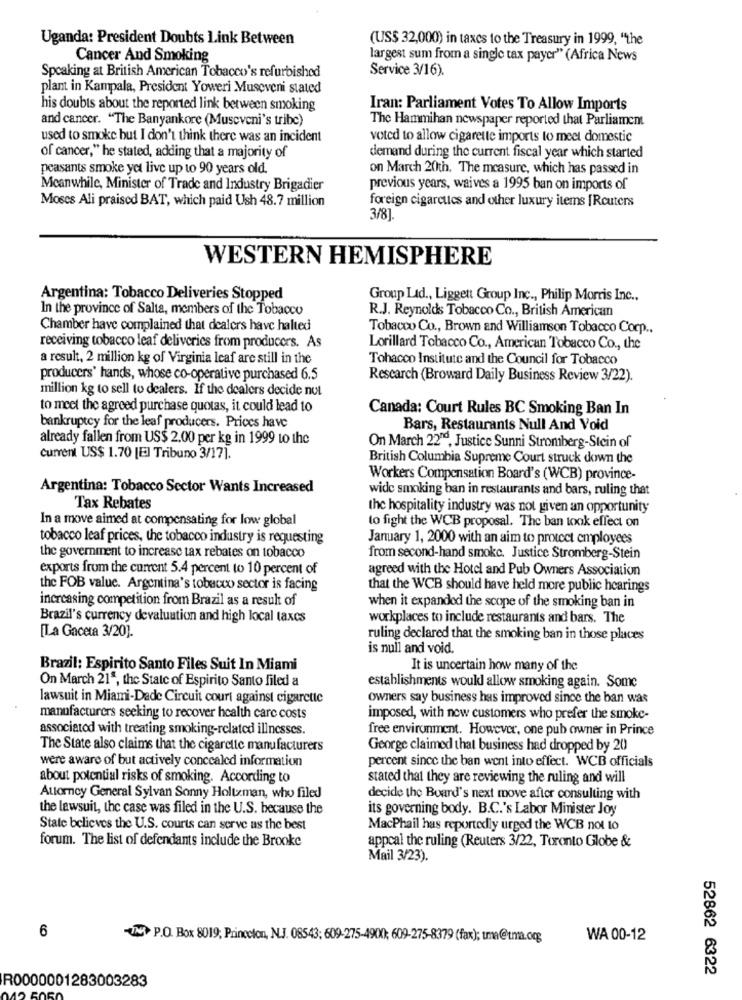
Uganda: President Doubts link Between
(US$ 32,000) in taxes to the Treasury in 1999, "the
Cancer And Smoking
largest sum from a single tax payer" (Africa News
Service 3/16).
Speaking at British American Tobacco's refurbished
plant in Kampala, President Yoweri Museveni stated
his doubts about the reported link between smoking
Iran: Parliament Votes To Allow Imports
and cancer. "The Banyankore (Museveni's tribe)
The Hammihan newspaper reported that Parliament
used to smoke but I don't think there was an incident
voted to allow cigarette imports to meet domestic
of cancer," he stated, adding that a majority of
demand during the current fiscal year which started
peasants smoke yet live up to 90 years old.
on March 20th. The measure, which has passed in
Meanwhile, Minister of Trade and Industry Brigadier
previous years, waives a 1995 ban on imports of
Moses Ali praised BAT, which paid Ush 48.7 million
foreign cigarettes and other luxury items [Routers
3/8].
WESTERN HEMISPHERE
Argentina: Tobacco Deliveries Stopped
Group Ltd ., Liggett Group Inc ., Philip Morris Inc .,
In the province of Salta, members of the Tobacco
R.J. Reynolds Tobacco Co ., British American
Chamber have complained that dealers have halted
Tobacco Co ., Brown and Williamson Tobacco Corp ..
receiving tobacco leaf deliveries from producers. As
Lorillard Tobacco Co ., American Tobacco Co ., the
a result, 2 million kg of Virginia leaf are still in the
Tobacco Institute and the Council for Tobacco
producers' hands, whose co-operative purchased 6.5
Research (Broward Daily Business Review 3/22).
million kg to sell to dealers. If the dealers decide not
to meet the agreed purchase quotas, it could lead to
Canada: Court Rules BC Smoking Ban In
bankruptcy for the leaf producers. Prices have
Bars, Restaurants Null And Void
already fallen from US$ 2.00 per kg in 1999 to the
On March 22"", Justice Sunni Stromberg-Stein of
Current US$ 1.70 [E] Tribuno 3/17].
British Columbia Supreme Court struck down the
Workers Compensation Board's (WCB) province-
Argentina: Tobacco Sector Wants Increased
wide smoking ban in restaurants and bars, ruling that
Tax Rebates
the hospitality industry was not given an opportunity
In a move aimed at compensating for low global
to fight the WCB proposal. The ban took effect on
tobacco leaf prices, the tobacco industry is requesting
January 1, 2000 with an aim to protect employees
the government to increase tax rebates on tobacco
from second-hand smoke. Justice Stromberg-Stein
exports from the current 5.4 percent to 10 percent of
agreed with the Hotel and Pub Owners Association
the FOB value. Argentina's tobacco sector is facing
that the WCB should have held more public hearings
increasing competition from Brazil as a result of
when it expanded the scope of the smoking ban in
Brazil's currency devaluation and high local taxes
workplaces to include restaurants and bars. The
[La Gaceta 3/20).
ruling declared that the smoking ban in those places
is null and void.
Brazil: Espirito Santo Files Suit In Miami
It is uncertain how many of the
On March 21ª, the State of Espirito Santo filed a
establishments would allow smoking again. Some
lawsuit in Miami-Dade Circuit court against cigarette
owners say business has improved since the ban was
manufacturers seeking to recover health care costs
imposed, with new customers who prefer the smoke-
associated with treating smoking-related illnesses.
free environment. However, one pub owner in Prince
The State also claims that the cigarette manufacturers
George claimed that business had dropped by 20
were aware of but actively concealed information
percent since the ban went into effect. WCB officials
about potential risks of smoking. According to
stated that they are reviewing the ruling and will
Attorney General Sylvan Sonny Holtman, who filed
decide the Board's next move after consulting with
the lawsuit, the case was filed in the U.S. because the
its governing body. B.C.'s Labor Minister Joy
State believes the U.S. courts can serve as the best
MacPhail has reportedly urged the WCB not to
forum. The list of defendants include the Brooke
appcal the ruling (Reuters 3/22, Toronto Globe &
Mail 3/23).
6
P.O. Box 8019; Princeton, N.J. 08543; 609-275-49(X); 609-275-8379 (fax); uma@tma.ogg
WA 00-12
52862 6322
R0000001283003283